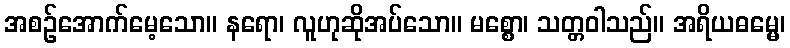
အစဉ်အောက်မေ့သော။ နရော၊ လူဟုဆိုအပ်သော။ မစ္စော၊ သတ္တဝါသည်။ အရိယဓမ္မေ၊